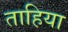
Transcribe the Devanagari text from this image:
ताहिया